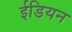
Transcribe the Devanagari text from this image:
ईडियन